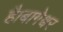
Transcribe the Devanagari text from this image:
है।बागेश्वर